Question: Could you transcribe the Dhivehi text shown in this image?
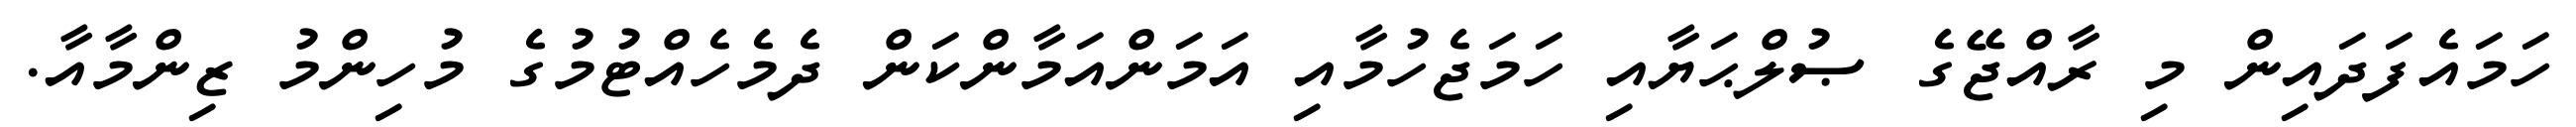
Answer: ހަމައެފަދައިން މި ރާއްޖޭގެ ޞުލްޙަޔާއި ހަމަޖެހުމާއި އަމަންއަމާންކަން ދެމެހެއްޓުމުގެ މުހިންމު ޒިންމާއާ.